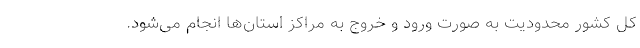
کل کشور محدودیت به صورت ورود و خروج به مراکز استان‌ها انجام می‌شود.